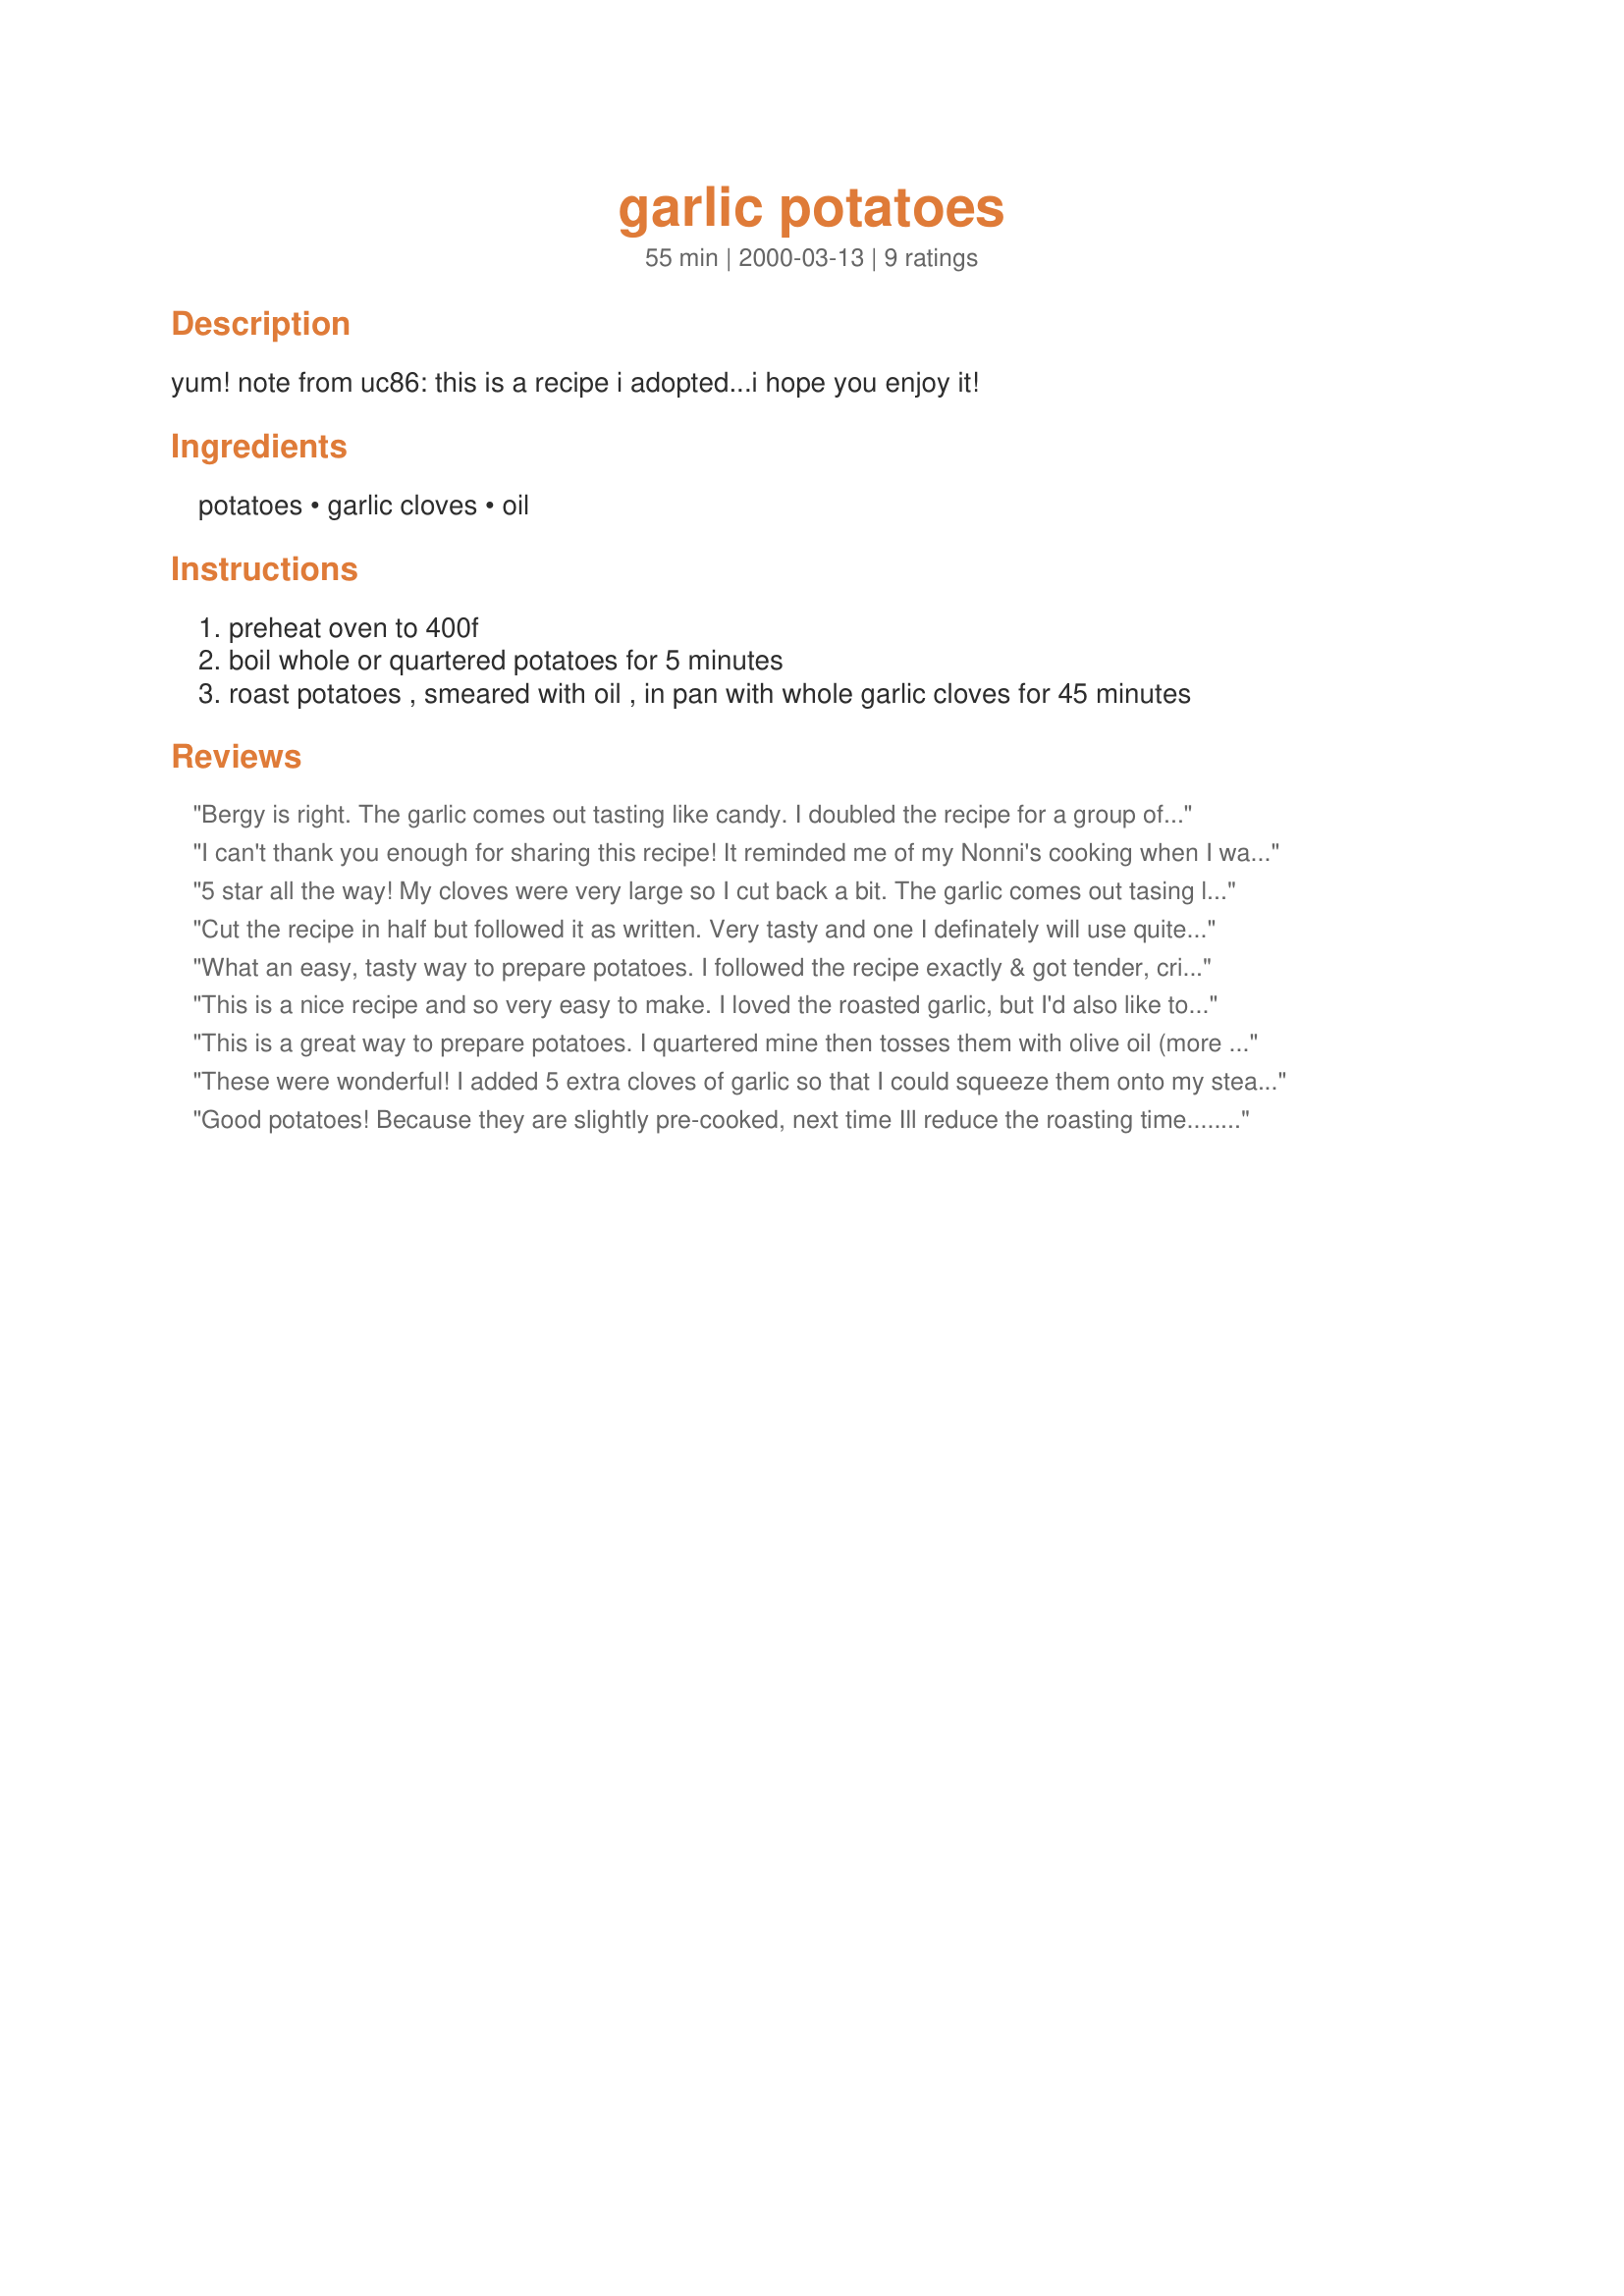
garlic potatoes
Preparation time: 55 minutes

yum!

note from uc86: this is a recipe i adopted...i hope you enjoy it!

Ingredients:
potatoes, garlic cloves, oil

Steps:
preheat oven to 400f
boil whole or quartered potatoes for 5 minutes
roast potatoes , smeared with oil , in pan with whole garlic cloves for 45 minutes

Reviews:
Bergy is right. The garlic comes out tasting like candy. 

I doubled the recipe for a group of 11 diners, used two whole heads of garlic, and let the guests peel their own when served. They enjoyed this participation after I assured a couple of novices that roasted garlic is a delicacy.... Kids have to learn while still young, or they won't grow up big and strong. :-)
Thank you for your tasty recipe.
I can't thank you enough for sharing this recipe! It reminded me of my Nonni's cooking when I was a little girl! Awesome!
5 star all the way! My cloves were very large so I cut back a bit. The garlic comes out tasing like candy.. Excellent recipe. Turn the potatoes after 25 minutes.<br/>23 Oct 08 Love this recipe ---- Love this recipe made again 6 Sept 2010 enjoyed just as much as last time
Cut the recipe in half but followed it as written. Very tasty and one I definately will use quite often. I used baby reds and I tossed the garlic cloves in the olive oil also. Thank you. Made for Zaar Alphabet Soup tag game. P.S. I served them with a steak and recipe#231551#231551. A wonderful dinner.
What an easy, tasty way to prepare potatoes. I followed the recipe exactly & got tender, crispy potatoes. The roasted garlic squeezed over them was a great plus. I recommend this recipe highly.
This is a nice recipe and so very easy to make. I loved the roasted garlic, but I'd also like to have the garlic taste in the actual potato pieces. I think next time I might try chopping the garlic into the oil and bake it that way. I used Russet potatoes. Thanks UC86, for a wonderful potato recipe. Made for the June Herb/Spice of the Month.
This is a great way to prepare potatoes. I quartered mine then tosses them with olive oil (more than 1/4 tsp.) followed by a sprinkling with salt. I was not impressed with the whole garlic cloves. Next time I will press several cloves of garlic and toss it in with the oil. I found that at 400 degrees, with quartered potatoes, they were nicely browned and done in 20 minutes.
These were wonderful! I added 5 extra cloves of garlic so that I could squeeze them onto my steamed carrots. I also smeared a tad of the olive oil on the garlic. I did bake for an additional 5 or 10 minutes to get them a nice, golden brown. I can't believe how good these tasted! They were so easy to make! Thanks for the recipe!
Good potatoes! Because they are slightly pre-cooked, next time Ill reduce the roasting time.....my garlic got a little overdone. Simple and easy to make, thanks for sharing.
